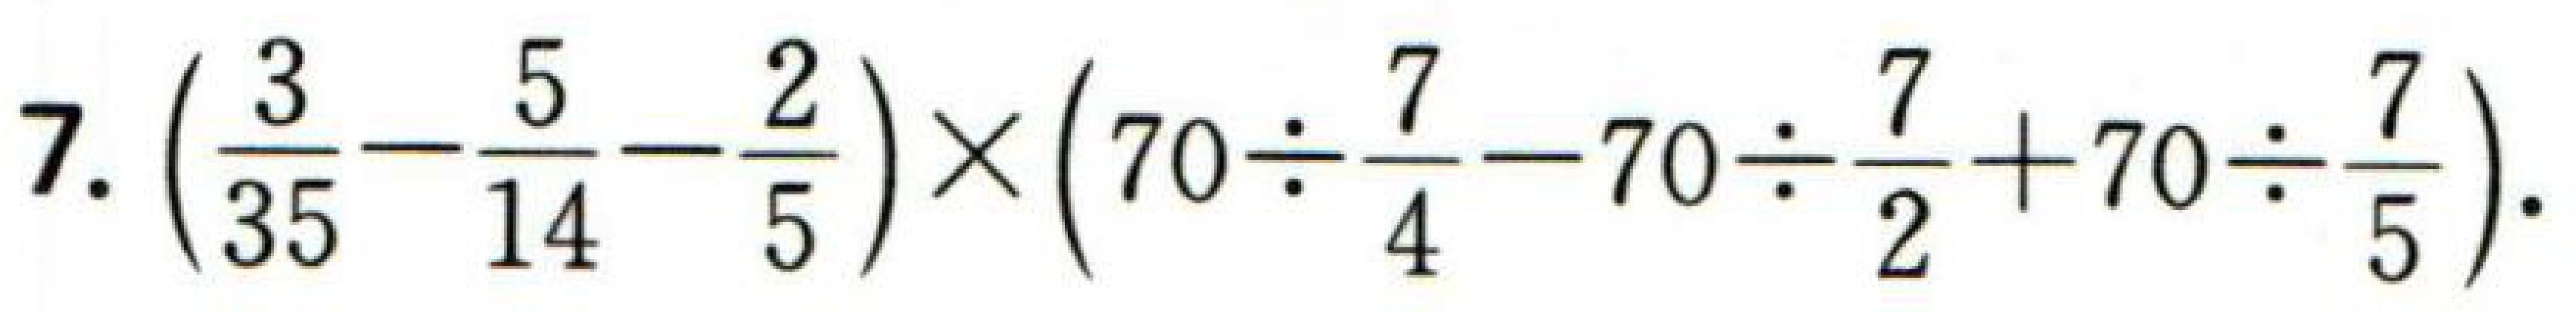
$7.\left(\dfrac{3}{35}-\dfrac{5}{14}-\dfrac{2}{5}\right)\times\left(70\div\dfrac{7}{4}-70\div\dfrac{7}{2}+70\div\dfrac{7}{5}\right).$